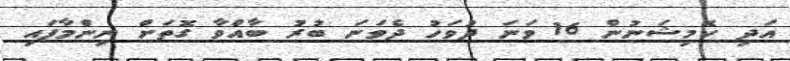
އަދި ކޮމިޝަނުން 16 ވަނަ ދުވަހު ދެވަނަ ބުރު ބާއްވާ ގޮތަށް ނިންމާފައި